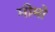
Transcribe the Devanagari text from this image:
मीमो